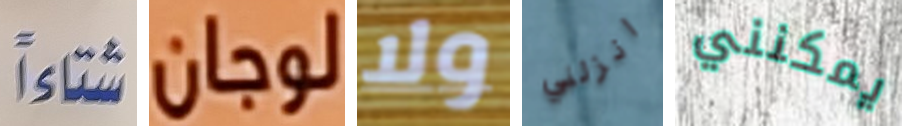
شتاءاً لوجان ولا انزلني يمكنني